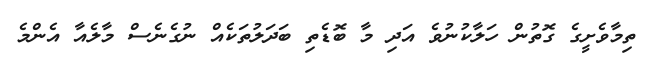
ތިމާވެށީގެ ގޮތުން ހަލާކުނުވެ އަދި މާ ބޮޑެތި ބަދަލުތަކެއް ނުގެނެސް މާލެއާ އެންމެ